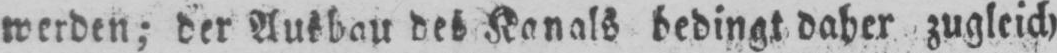
werden; der Ausbau des Kanals bedingt daher zugleich